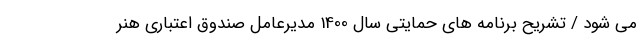
می شود / تشریح برنامه های حمایتی سال 1400 مدیرعامل صندوق اعتباری هنر